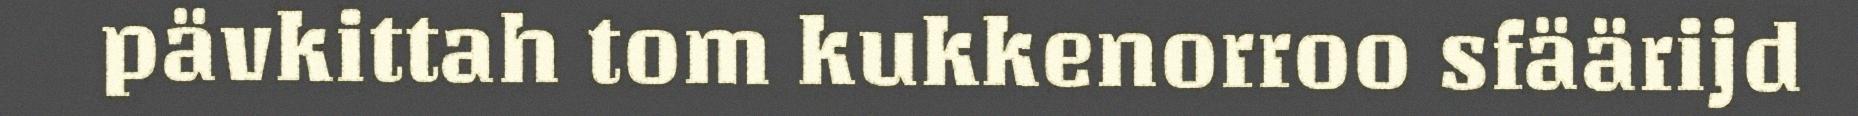
pävkittah tom kukkenorroo sfäärijd